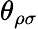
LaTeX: \theta_{\rho\sigma}